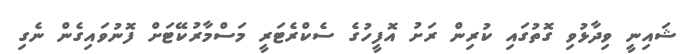
ޝައިނީ ވިދާޅުވި ގޮތުގައި ކުރިން ރަށު އޮފީހުގެ ސެކްރެޓަރީ މަސްމާރުކޭޓަށް ފޮނުވައިގެން ނެގި